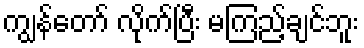
ကျွန်တော် လိုက်ပြီး မကြည့်ချင်ဘူး